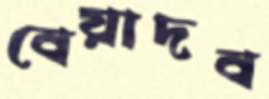
বেয়াদব